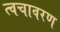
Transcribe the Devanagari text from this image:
त्वचावरण